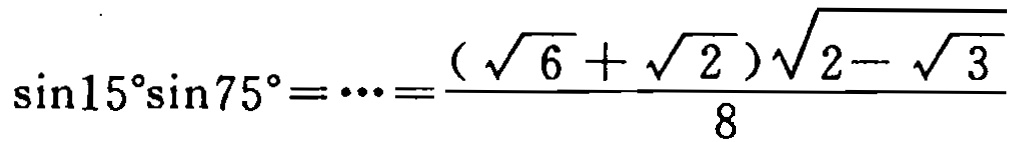
\(\sin15^{\circ}\sin75^{\circ}=\cdots=\frac{(\sqrt{6}+\sqrt{2})\sqrt{2 - \sqrt{3}}}{8}\)